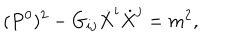
LaTeX: ( P ^ { 0 } ) ^ { 2 } - G _ { i j } \dot { X } ^ { i } \dot { X } ^ { j } = m ^ { 2 } ,